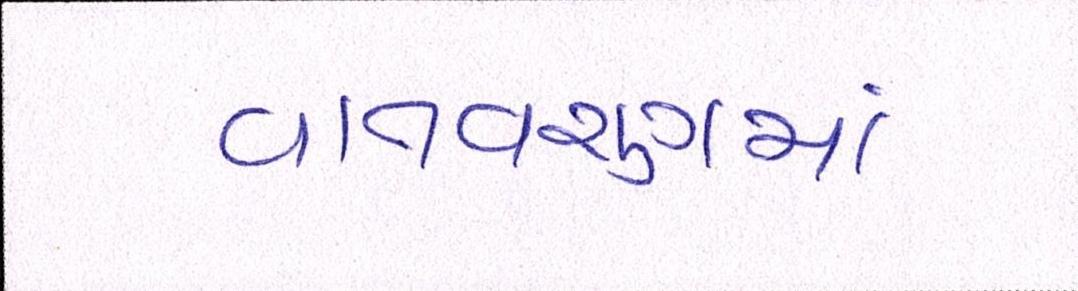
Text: વાતવરણમાં